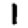
Digit: 1